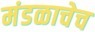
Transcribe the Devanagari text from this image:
मंडळाचेच